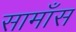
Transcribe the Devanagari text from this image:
सामाँस